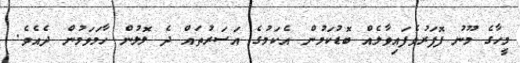
މީހާގެ މޫނު ފޮފަރުވެފައިވާލެއް ބޮޑުކަމުން އެކަމުގެ އަސަރުތައް ދެ ލޮލުން ހާމަވަމުން ދެއެވެ.